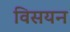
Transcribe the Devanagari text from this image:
विसयन